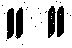
။ ။